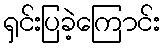
ရှင်းပြခဲ့ကြောင်း